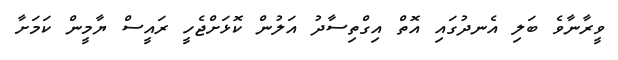
ވީރާނާވެ ބަލި އެނދުގައި އޮތް އިގްތިސާދު އަލުން ކޮޅަށްޖެހީ ރައީސް ޔާމީން ކަމަށާ